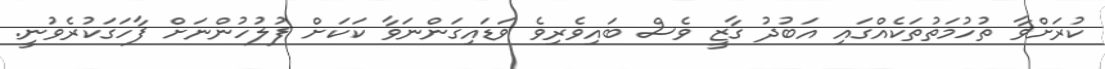
ކުރަށްވާ ތުހުމަތުތަކެއްގައި އަބުދު ގާޒީ ވެސް ބައިވެރިވެ ވަޑައިގަންނަވާ ކަކަށް ފުލުހުންނަށް ފާހަގަކުރެވުނީ.